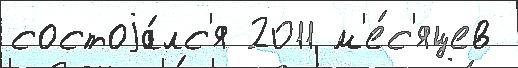
состоjа́лс'я 2011 м'е́с'яцев